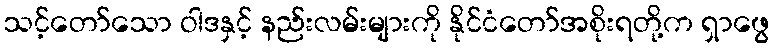
သင့်တော်သော ဝါဒနှင့် နည်းလမ်းများကို နိုင်ငံတော်အစိုးရတို့က ရှာဖွေ